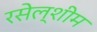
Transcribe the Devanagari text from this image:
रसेल्शीम